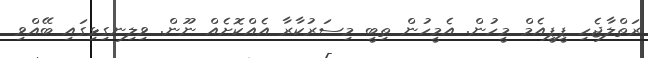
ރަތްލާޖެހި ޕީޕީއެމް މީހުން. އެމީހުން ތިބީ މިސަރުކާރާ އެއްކޮށެއް ނޫން. ވިލިނގިޅިގައި ބޭއްވި